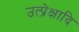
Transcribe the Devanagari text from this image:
उत्प्रेक्षादि